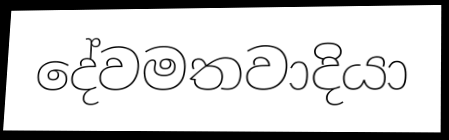
දේවමතවාදියා